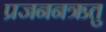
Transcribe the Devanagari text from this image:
प्रजननऋतु